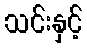
သင်းနှင့်